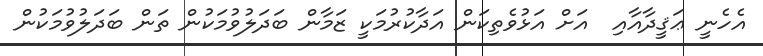
އެހެނީ ޢަޤީދާއާއި  އަށް އަޅުވެތިކަން އަދާކުރުމަކީ ޒަމާން ބަދަލުވުމަކުން ތަން ބަދަލުވުމަކުން